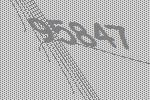
95847